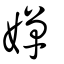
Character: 嬋